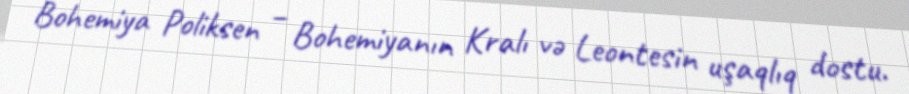
Bohemiya Poliksen – Bohemiyanın Kralı və Leontesin uşaqlıq dostu.